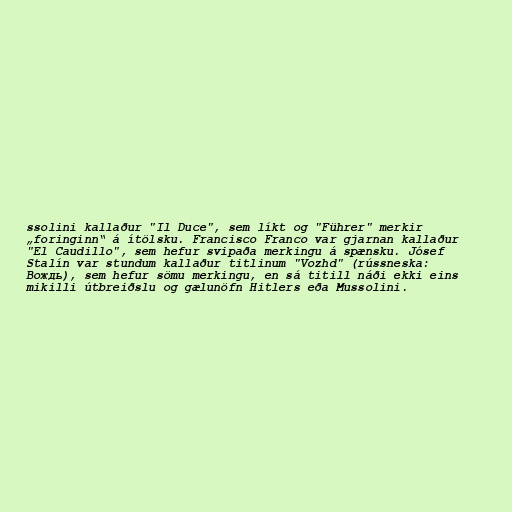
ssolini kallaður "Il Duce", sem líkt og "Führer" merkir
„foringinn“ á ítölsku. Francisco Franco var gjarnan kallaður
"El Caudillo", sem hefur svipaða merkingu á spænsku. Jósef
Stalín var stundum kallaður titlinum "Vozhd" (rússneska:
Вождь), sem hefur sömu merkingu, en sá titill náði ekki eins
mikilli útbreiðslu og gælunöfn Hitlers eða Mussolini.